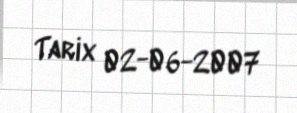
Tarix 02-06-2007